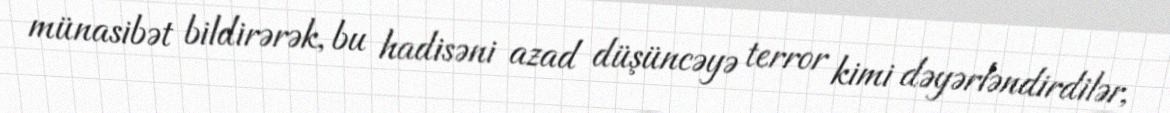
münasibət bildirərək, bu hadisəni azad düşüncəyə terror kimi dəyərləndirdilər,